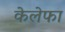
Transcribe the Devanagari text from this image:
केलेफा